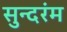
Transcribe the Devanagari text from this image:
सुन्दरंम